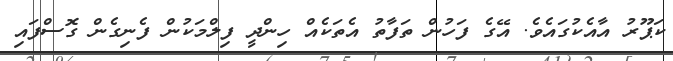
ކަޕޫރު އާއެކުގައެވެ. އޭގެ ފަހުން ތަފާތު އެތަކެއް ހިންދީ ފިލްމަކުން ފެނިގެން ގޮސްފައި